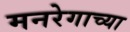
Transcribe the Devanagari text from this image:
मनरेगाच्या